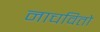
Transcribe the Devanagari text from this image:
नाचवितो